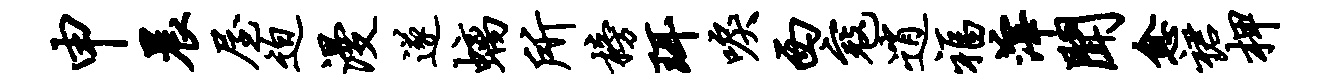
申晨屋迫漫遂螭所榜珥唳西寇逍福滓闻愈裙柙